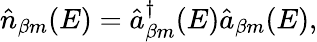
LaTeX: \hat{n}_{\beta m}(E)=\hat{a}_{\beta m}^{\dagger}(E)\hat{a}_{\beta m}(E),